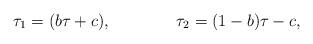
LaTeX: \begin{align*}\tau_1=(b \tau +c),\qquad\qquad \tau_2=(1-b)\tau - c, \end{align*}